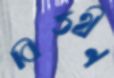
বিত্তহীন